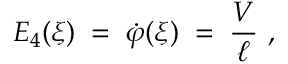
E _ { 4 } ( \xi ) \; = \; \dot { \varphi } ( \xi ) \; = \; \frac V \ell ~ ,